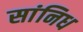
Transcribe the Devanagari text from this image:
सांनिध